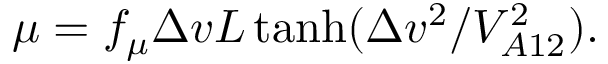
\mu = f _ { \mu } \Delta v L \operatorname { t a n h } ( \Delta v ^ { 2 } / V _ { A 1 2 } ^ { 2 } ) .